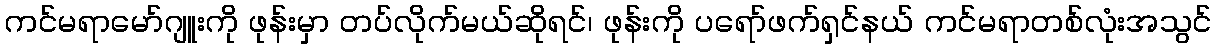
ကင်မရာမော်ဂျူးကို ဖုန်းမှာ တပ်လိုက်မယ်ဆိုရင်၊ ဖုန်းကို ပရော်ဖက်ရှင်နယ် ကင်မရာတစ်လုံးအသွင်